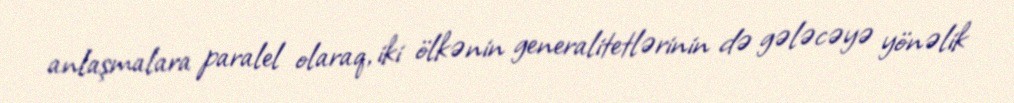
anlaşmalara paralel olaraq, iki ölkənin generalitetlərinin də gələcəyə yönəlik